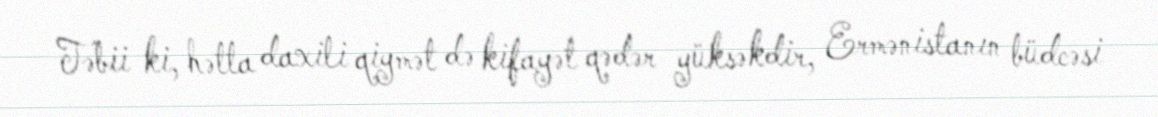
Təbii ki, hətta daxili qiymət də kifayət qədər yüksəkdir, Ermənistanın büdcəsi